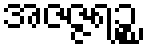
အဇဇ္ဇရဉ္စ